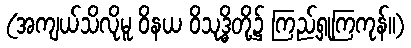
(အကျယ်သိလိုမူ ဝိနယ ဝိသုဒ္ဓိတို့၌ ကြည့်ရှုကြကုန်။)